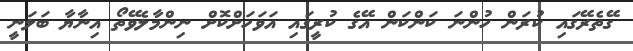
ގޭތެރޭގައި ކުރަން ހުންނަ ކަންކަން އޭގެ ކުރީގައި އަވަހަށްކޮށް ނިންމާލެވޭތޯ އިނާޔާ ބަލަނީ